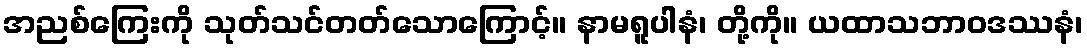
အညစ်ကြေးကို သုတ်သင်တတ်သောကြောင့်။ နာမရူပါနံ၊ တို့ကို။ ယထာသဘာဝဒဿနံ၊